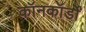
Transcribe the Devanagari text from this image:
कॉनकॉर्डों